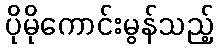
ပိုမိုကောင်းမွန်သည့်